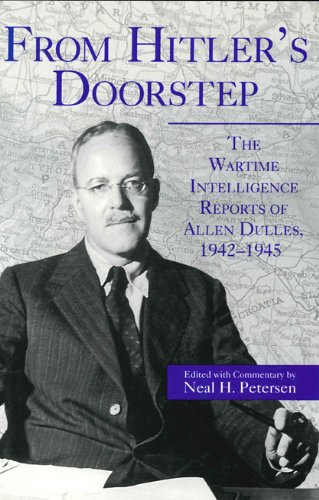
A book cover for From Hitler's Doorstep: The Wartime Intelligence Reports of Allen Dulles, 1942-1945; Neal H. Petersen; Literature & Fiction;